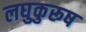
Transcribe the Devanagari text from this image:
लघुकुरूष